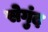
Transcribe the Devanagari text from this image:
सेगुंद